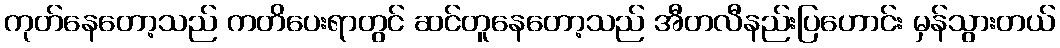
ကုတ်နေတော့သည် ကတိပေးရာတွင် ဆင်တူနေတော့သည် အီတလီနည်းပြဟောင်း မှန်သွားတယ်